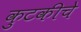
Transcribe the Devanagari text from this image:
कुटकीचे